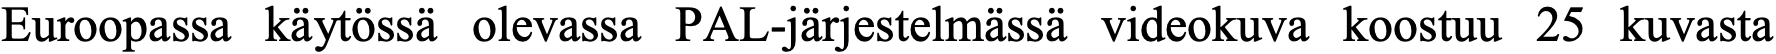
Euroopassa käytössä olevassa PAL-järjestelmässä videokuva koostuu 25 kuvasta